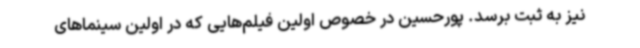
نیز به ثبت برسد. پورحسین در خصوص اولین فیلم‌هایی که در اولین سینماهای